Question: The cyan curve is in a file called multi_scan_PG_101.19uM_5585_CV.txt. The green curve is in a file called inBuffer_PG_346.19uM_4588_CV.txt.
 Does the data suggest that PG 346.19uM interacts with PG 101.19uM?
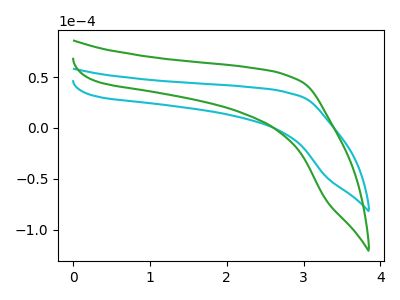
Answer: <think>The cyan curve "PG 101.19uM" has no peaks. The green curve "PG 346.19uM" has no peaks.
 Neither "PG 346.19uM" or "PG 101.19uM" have any peaks.</think>
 <answer>No, "PG 346.19uM" and "PG 101.19uM" don't appear to be significantly different in shape</answer>
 <eval>no_change</eval>